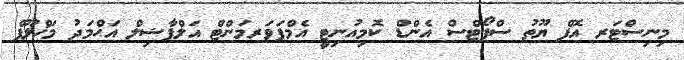
މިނިސްޓަރ އޮފް ޔޫތު ސްޕޯޓްސް އެންޑް ކޮމިއުނިޓީ އެމްޕަވަރމަންޓް އަލްފާޟިލް އަޙްމަދު މަޚްލޫފް